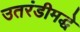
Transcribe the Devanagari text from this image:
उतरंडीमद्धे